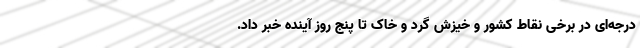
درجه‌ای در برخی نقاط کشور و خیزش گرد و خاک تا پنج روز آینده خبر داد.